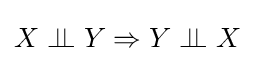
X\perp \!\!\!\perp Y\Rightarrow Y\perp \!\!\!\perp X